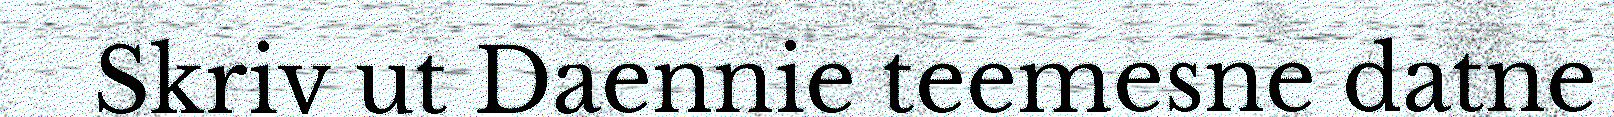
Skriv ut Daennie teemesne datne